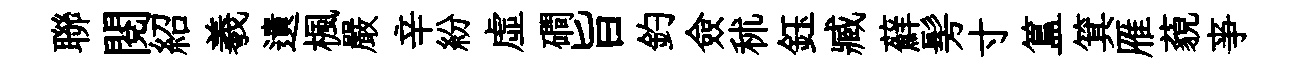
聯閲紹羲遺楓嚴辛紛虛磵旨釣僉秫鈺臧蘚髣寸簋箕雁藐亊